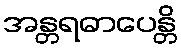
အန္တရဓာပေန္တိ